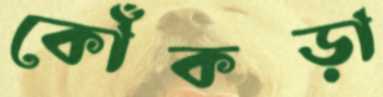
কোঁকড়া